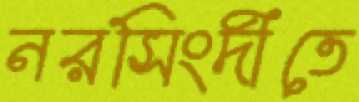
নরসিংদীতে